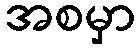
အစမှာ